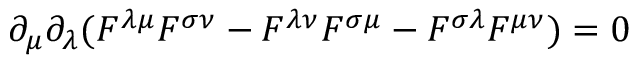
\partial _ { \mu } \partial _ { \lambda } ( F ^ { \lambda \mu } F ^ { \sigma \nu } - F ^ { \lambda \nu } F ^ { \sigma \mu } - F ^ { \sigma \lambda } F ^ { \mu \nu } ) = 0